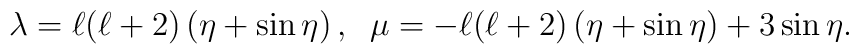
\lambda=\ell(\ell+2)\left(\eta+\sin\eta\right) ,\;\;\mu=-\ell(\ell+2)\left(\eta+\sin\eta\right)+3\sin\eta .